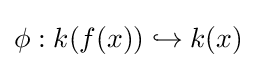
\phi :k(f(x))\hookrightarrow k(x)